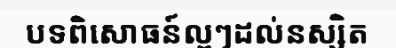
បទពិសោធន៍ល្អៗដល់នស្សិត